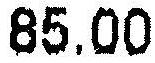
85.00